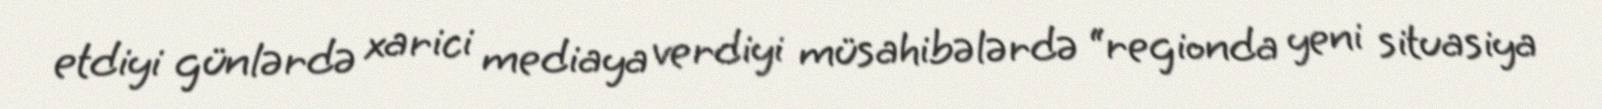
etdiyi günlərdə xarici mediaya verdiyi müsahibələrdə “regionda yeni situasiya